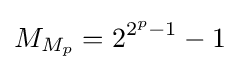
M_{M_{p}}=2^{2^{p}-1}-1